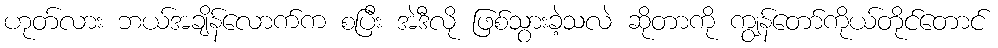
ဟုတ်လား ဘယ်အချိန်လောက်က စပြီး အဲဒီလို ဖြစ်သွားခဲ့သလဲ ဆိုတာကို ကျွန်တော်ကိုယ်တိုင်တောင်